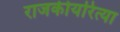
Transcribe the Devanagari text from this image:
राजकीयरित्या